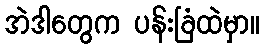
အဲဒါတွေက ပန်းခြံထဲမှာ။